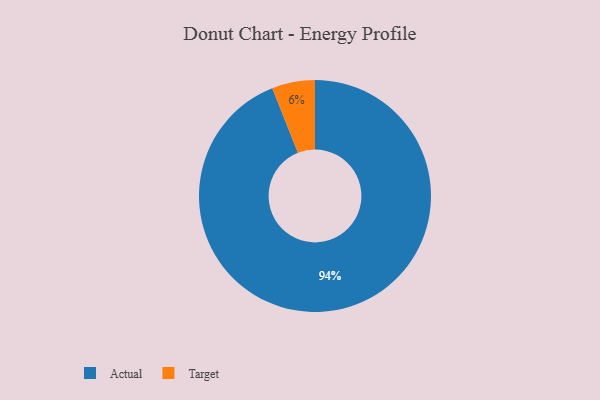
{"axis": {"x": "Category", "y": "Percentage"}, "legend": ["Actual", "Target"], "data": [{"x": "Target", "y": 6, "type": "Target"}, {"x": "Actual", "y": 94, "type": "Actual"}]}